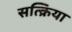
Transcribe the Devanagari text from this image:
सत्क्रिया